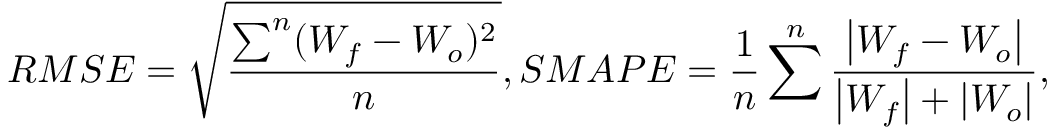
R M S E = \sqrt { \frac { \sum ^ { n } ( W _ { f } - W _ { o } ) ^ { 2 } } { n } } , S M A P E = \frac { 1 } { n } \sum ^ { n } \frac { \left| W _ { f } - W _ { o } \right| } { \left| W _ { f } \right| + \left| W _ { o } \right| } ,